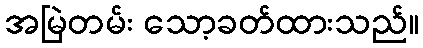
အမြဲတမ်း သော့ခတ်ထားသည်။